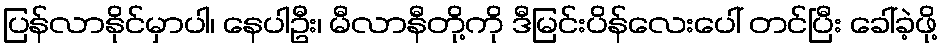
ပြန်လာနိုင်မှာပါ၊ နေပါဦး၊ မီလာနီတို့ကို ဒီမြင်းပိန်လေးပေါ် တင်ပြီး ခေါ်ခဲ့ဖို့